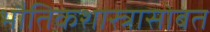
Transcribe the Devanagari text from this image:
भौतिकशास्त्रासोबत